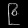
Digit: ၉